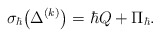
\begin{align*} \sigma_\hbar \big( \Delta^{(k)}\big)=\hbar Q+\Pi_\hbar.\end{align*}